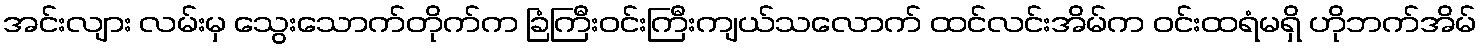
အင်းလျား လမ်းမှ သွေးသောက်တိုက်က ခြံကြီးဝင်းကြီးကျယ်သလောက် ထင်လင်းအိမ်က ဝင်းထရံမရှိ ဟိုဘက်အိမ်